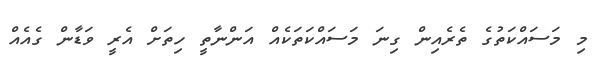
މި މަސައްކަތުގެ ތެރެއިން ގިނަ މަސައްކަތަކެއް އަންނާތީ ހިތަށް އެރީ ވަޑާން ގެއެއް